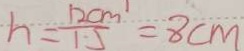
h = \frac { 1 2 c m ^ { 1 } } { 1 5 } = 8 c m